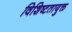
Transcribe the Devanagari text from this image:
विशिष्टतायुक्त